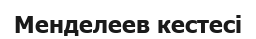
Менделеев кестесі